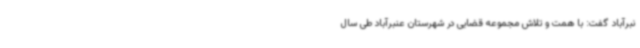
نبرآباد گفت: با همت و تلاش مجموعه قضایی در شهرستان عنبرآباد طی سال